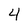
Character: 4